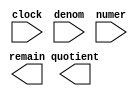
// megafunction wizard: %LPM_DIVIDE%VBB%
// GENERATION: STANDARD
// VERSION: WM1.0
// MODULE: LPM_DIVIDE 

// ============================================================
// Megafunction Name(s):
// 			LPM_DIVIDE
//
// Simulation Library Files(s):
// 			lpm
// ============================================================
// ************************************************************
// THIS IS A WIZARD-GENERATED FILE. DO NOT EDIT THIS FILE!
//
// 13.1.0 Build 162 10/23/2013 SJ Web Edition
// ************************************************************

//Copyright (C) 1991-2013 Altera Corporation
//Your use of Altera Corporation's design tools, logic functions 
//and other software and tools, and its AMPP partner logic 
//functions, and any output files from any of the foregoing 
//(including device programming or simulation files), and any 
//associated documentation or information are expressly subject 
//to the terms and conditions of the Altera Program License 
//Subscription Agreement, Altera MegaCore Function License 
//Agreement, or other applicable license agreement, including, 
//without limitation, that your use is for the sole purpose of 
//programming logic devices manufactured by Altera and sold by 
//Altera or its authorized distributors.  Please refer to the 
//applicable agreement for further details.

module LPM_DIV18area (
	clock,
	denom,
	numer,
	quotient,
	remain);

	input	  clock;
	input	[31:0]  denom;
	input	[31:0]  numer;
	output	[31:0]  quotient;
	output	[31:0]  remain;

endmodule

// ============================================================
// CNX file retrieval info
// ============================================================
// Retrieval info: PRIVATE: INTENDED_DEVICE_FAMILY STRING "Cyclone III"
// Retrieval info: PRIVATE: PRIVATE_LPM_REMAINDERPOSITIVE STRING "TRUE"
// Retrieval info: PRIVATE: PRIVATE_MAXIMIZE_SPEED NUMERIC "5"
// Retrieval info: PRIVATE: SYNTH_WRAPPER_GEN_POSTFIX STRING "0"
// Retrieval info: PRIVATE: USING_PIPELINE NUMERIC "1"
// Retrieval info: PRIVATE: VERSION_NUMBER NUMERIC "2"
// Retrieval info: PRIVATE: new_diagram STRING "1"
// Retrieval info: LIBRARY: lpm lpm.lpm_components.all
// Retrieval info: CONSTANT: LPM_DREPRESENTATION STRING "UNSIGNED"
// Retrieval info: CONSTANT: LPM_HINT STRING "MAXIMIZE_SPEED=5,LPM_REMAINDERPOSITIVE=TRUE"
// Retrieval info: CONSTANT: LPM_NREPRESENTATION STRING "UNSIGNED"
// Retrieval info: CONSTANT: LPM_PIPELINE NUMERIC "18"
// Retrieval info: CONSTANT: LPM_TYPE STRING "LPM_DIVIDE"
// Retrieval info: CONSTANT: LPM_WIDTHD NUMERIC "32"
// Retrieval info: CONSTANT: LPM_WIDTHN NUMERIC "32"
// Retrieval info: USED_PORT: clock 0 0 0 0 INPUT NODEFVAL "clock"
// Retrieval info: USED_PORT: denom 0 0 32 0 INPUT NODEFVAL "denom[31..0]"
// Retrieval info: USED_PORT: numer 0 0 32 0 INPUT NODEFVAL "numer[31..0]"
// Retrieval info: USED_PORT: quotient 0 0 32 0 OUTPUT NODEFVAL "quotient[31..0]"
// Retrieval info: USED_PORT: remain 0 0 32 0 OUTPUT NODEFVAL "remain[31..0]"
// Retrieval info: CONNECT: @clock 0 0 0 0 clock 0 0 0 0
// Retrieval info: CONNECT: @denom 0 0 32 0 denom 0 0 32 0
// Retrieval info: CONNECT: @numer 0 0 32 0 numer 0 0 32 0
// Retrieval info: CONNECT: quotient 0 0 32 0 @quotient 0 0 32 0
// Retrieval info: CONNECT: remain 0 0 32 0 @remain 0 0 32 0
// Retrieval info: GEN_FILE: TYPE_NORMAL LPM_DIV18area.v TRUE
// Retrieval info: GEN_FILE: TYPE_NORMAL LPM_DIV18area.inc TRUE
// Retrieval info: GEN_FILE: TYPE_NORMAL LPM_DIV18area.cmp TRUE
// Retrieval info: GEN_FILE: TYPE_NORMAL LPM_DIV18area.bsf TRUE
// Retrieval info: GEN_FILE: TYPE_NORMAL LPM_DIV18area_inst.v TRUE
// Retrieval info: GEN_FILE: TYPE_NORMAL LPM_DIV18area_bb.v TRUE
// Retrieval info: LIB_FILE: lpm